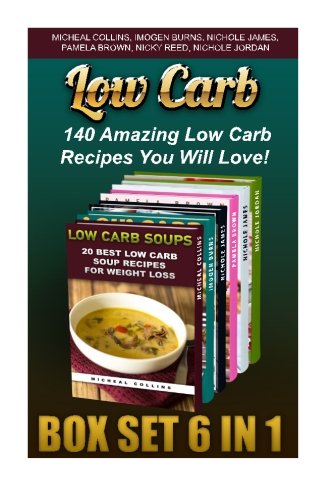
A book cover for Low Carb BOX SET 6 IN 1: 140 Amazing Low Carb Recipes You Will Love!: (low carbohydrate, high protein, low carbohydrate foods, low carb, low carb ... Ketogenic Diet to Overcome Belly Fat); Micheal Collins; Cookbooks, Food & Wine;